Lock hospitals Punjab
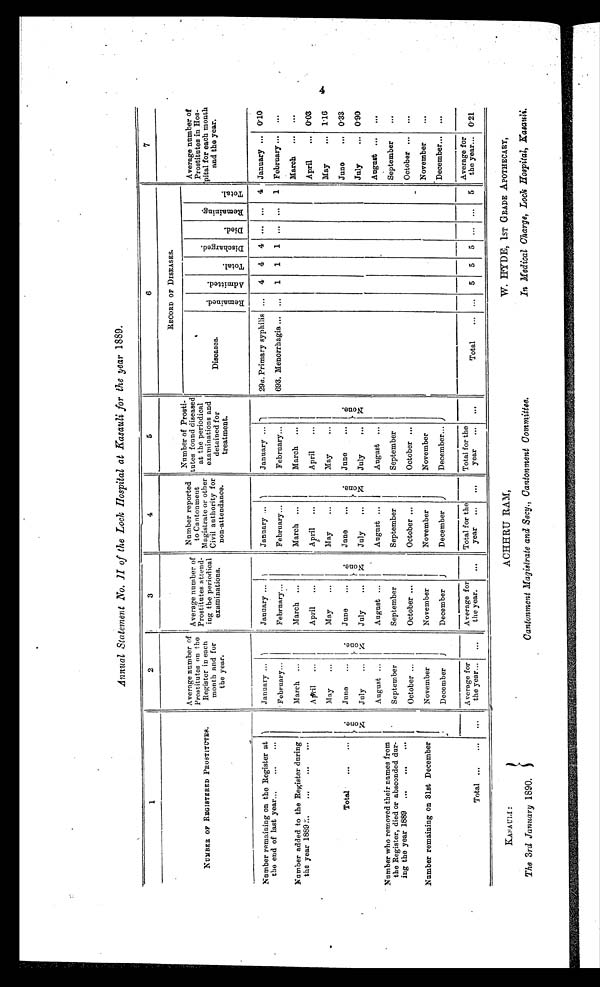
Annual Statement No. II of the Lock Hospital at Kasauli for the year 1889.
1
2
3
4
5
6
7
NUMBER OF REGISTERED PROSTITUTES .
Average number of
Prostitutes on the
Register in each
month and for
the year.
Average number of
Prostitutes attend-
ing the periodical
examinations.
Number reported
to Cantonment
Magistrate or other
Civil authority for
non-attendance.
Number of Prosti-
tutes found diseased
at the periodical
examinations and
detained for
treatment.
RECORD OF DISEASES
.
Average number of
Prostitutes in Hos-
pital for each month
and the year.
Di seases.
R e m a i n e d .
A d m i t t e d .
T o t a l .
D i s c h a r g e d .
D i e d .
R e m a i n i n g .
T o t a l .
Number remaining on the Register at
the end of last year
N o n e .
January
N o n e .
January
N o n e .
January
N o n e . January
None.
29a.P r i m a r y
s y p h i l i s . . . 4 4 4
. . .
. . . 4 January
0.10
February
February
February
February
693.M e n o r r h a g i a . . .
1 1 1
. . .
. . . 1 February
. . .
Number added to the Register during
the year 1889
March
March
March
March
March
. . .
April
April
April
April
April
0.03
May
May
May
May
May
1.16
Total
. . . ...
June
June
June
June
June
0.33
July
July
July
July
July
0.90
Number who removed their names from
the Register, died or absconded dur-
ing the year 1889
August
August
August
August
August
. . .
September
September
September
September
September
. . .
October
October
October
October
October
. . .
Number remaining on 31s t December
November
November
November
November
November
. . .
December
December
December
December
December
. . .
Total . . .
. . .
. . .
Average for
the year
. . .
Average for
the year.
. . .
Total for the
year
. . .
Total for the
year
. . .
Total
. . .
. . .
5 5 5
. . .
. . . 5
Average for
the year
0.21
KASAULI:
ACHHRU RAM,
W .
H Y D E , 1 S T G R A D E A P O T H E C A R Y ,
The 3rd January 1890.
Cantonment Magistrate and Secy, Cantonment Committee. In Medical Charge, Lock Hospital, Kasauli.